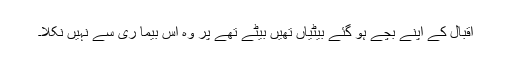
اقبال کے اپنے بچے ہو گئے بیٹیاں تھیں بیٹے تھے پر وہ اس بیما ری سے نہیں نکلا۔